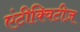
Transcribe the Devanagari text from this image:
एंटीक्विटीज़